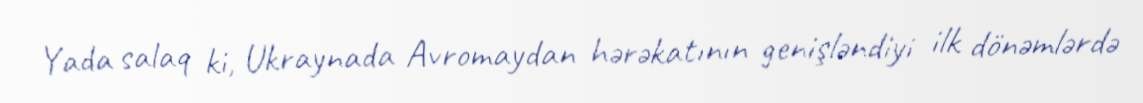
Yada salaq ki, Ukraynada Avromaydan hərəkatının genişləndiyi ilk dönəmlərdə